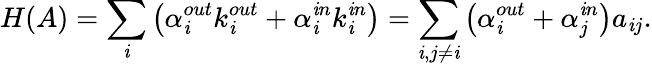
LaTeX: H(A)=\sum_{\mathit{i}}\left(\alpha_{\mathit{i}}^{out}k_{\mathit{i}}^{out}+\alpha_{\mathit{i}}^{\mathit{i}n}k_{\mathit{i}}^{\mathit{i}n}\right)=\sum_{\mathit{i},j\neq\mathit{i}}\left(\alpha_{\mathit{i}}^{out}+\alpha_{j}^{\mathit{i}n}\right)a_{\mathit{i}j}.